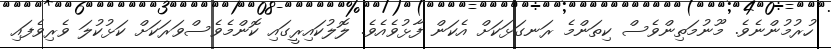
ހުރުމުންނެވެ. މޫނުމަތިންވެސް ކިތަންމެ ރަނގަޅަކަށް އެކަން ފާޅުވެއެވެ. ލޮލުކައިރީގައި ކޮންމެވެސްވަރަކަށް ކަޅުކުލަ ވެރިވެފައި